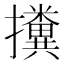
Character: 𢹔